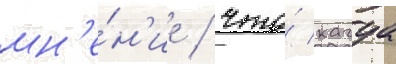
мн'е́н'ие / что́ кагуа